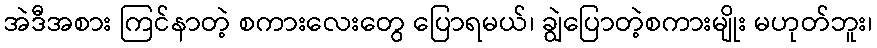
အဲဒီအစား ကြင်နာတဲ့ စကားလေးတွေ ပြောရမယ်၊ ချွဲပြောတဲ့စကားမျိုး မဟုတ်ဘူး၊